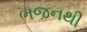
ભજનથી